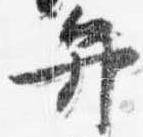
弁